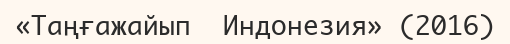
«Таңғажайып  Индонезия» (2016)